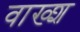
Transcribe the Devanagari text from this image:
वाख्श